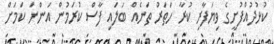
ކުޅުދުއްފުށީގެ ވިޔަފާރި ކުރާ ހަތަރު ތަނެއް ބަލައި ފާސް ކުރަމުން އަންނަ ކަމަށް